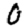
Digit: 0